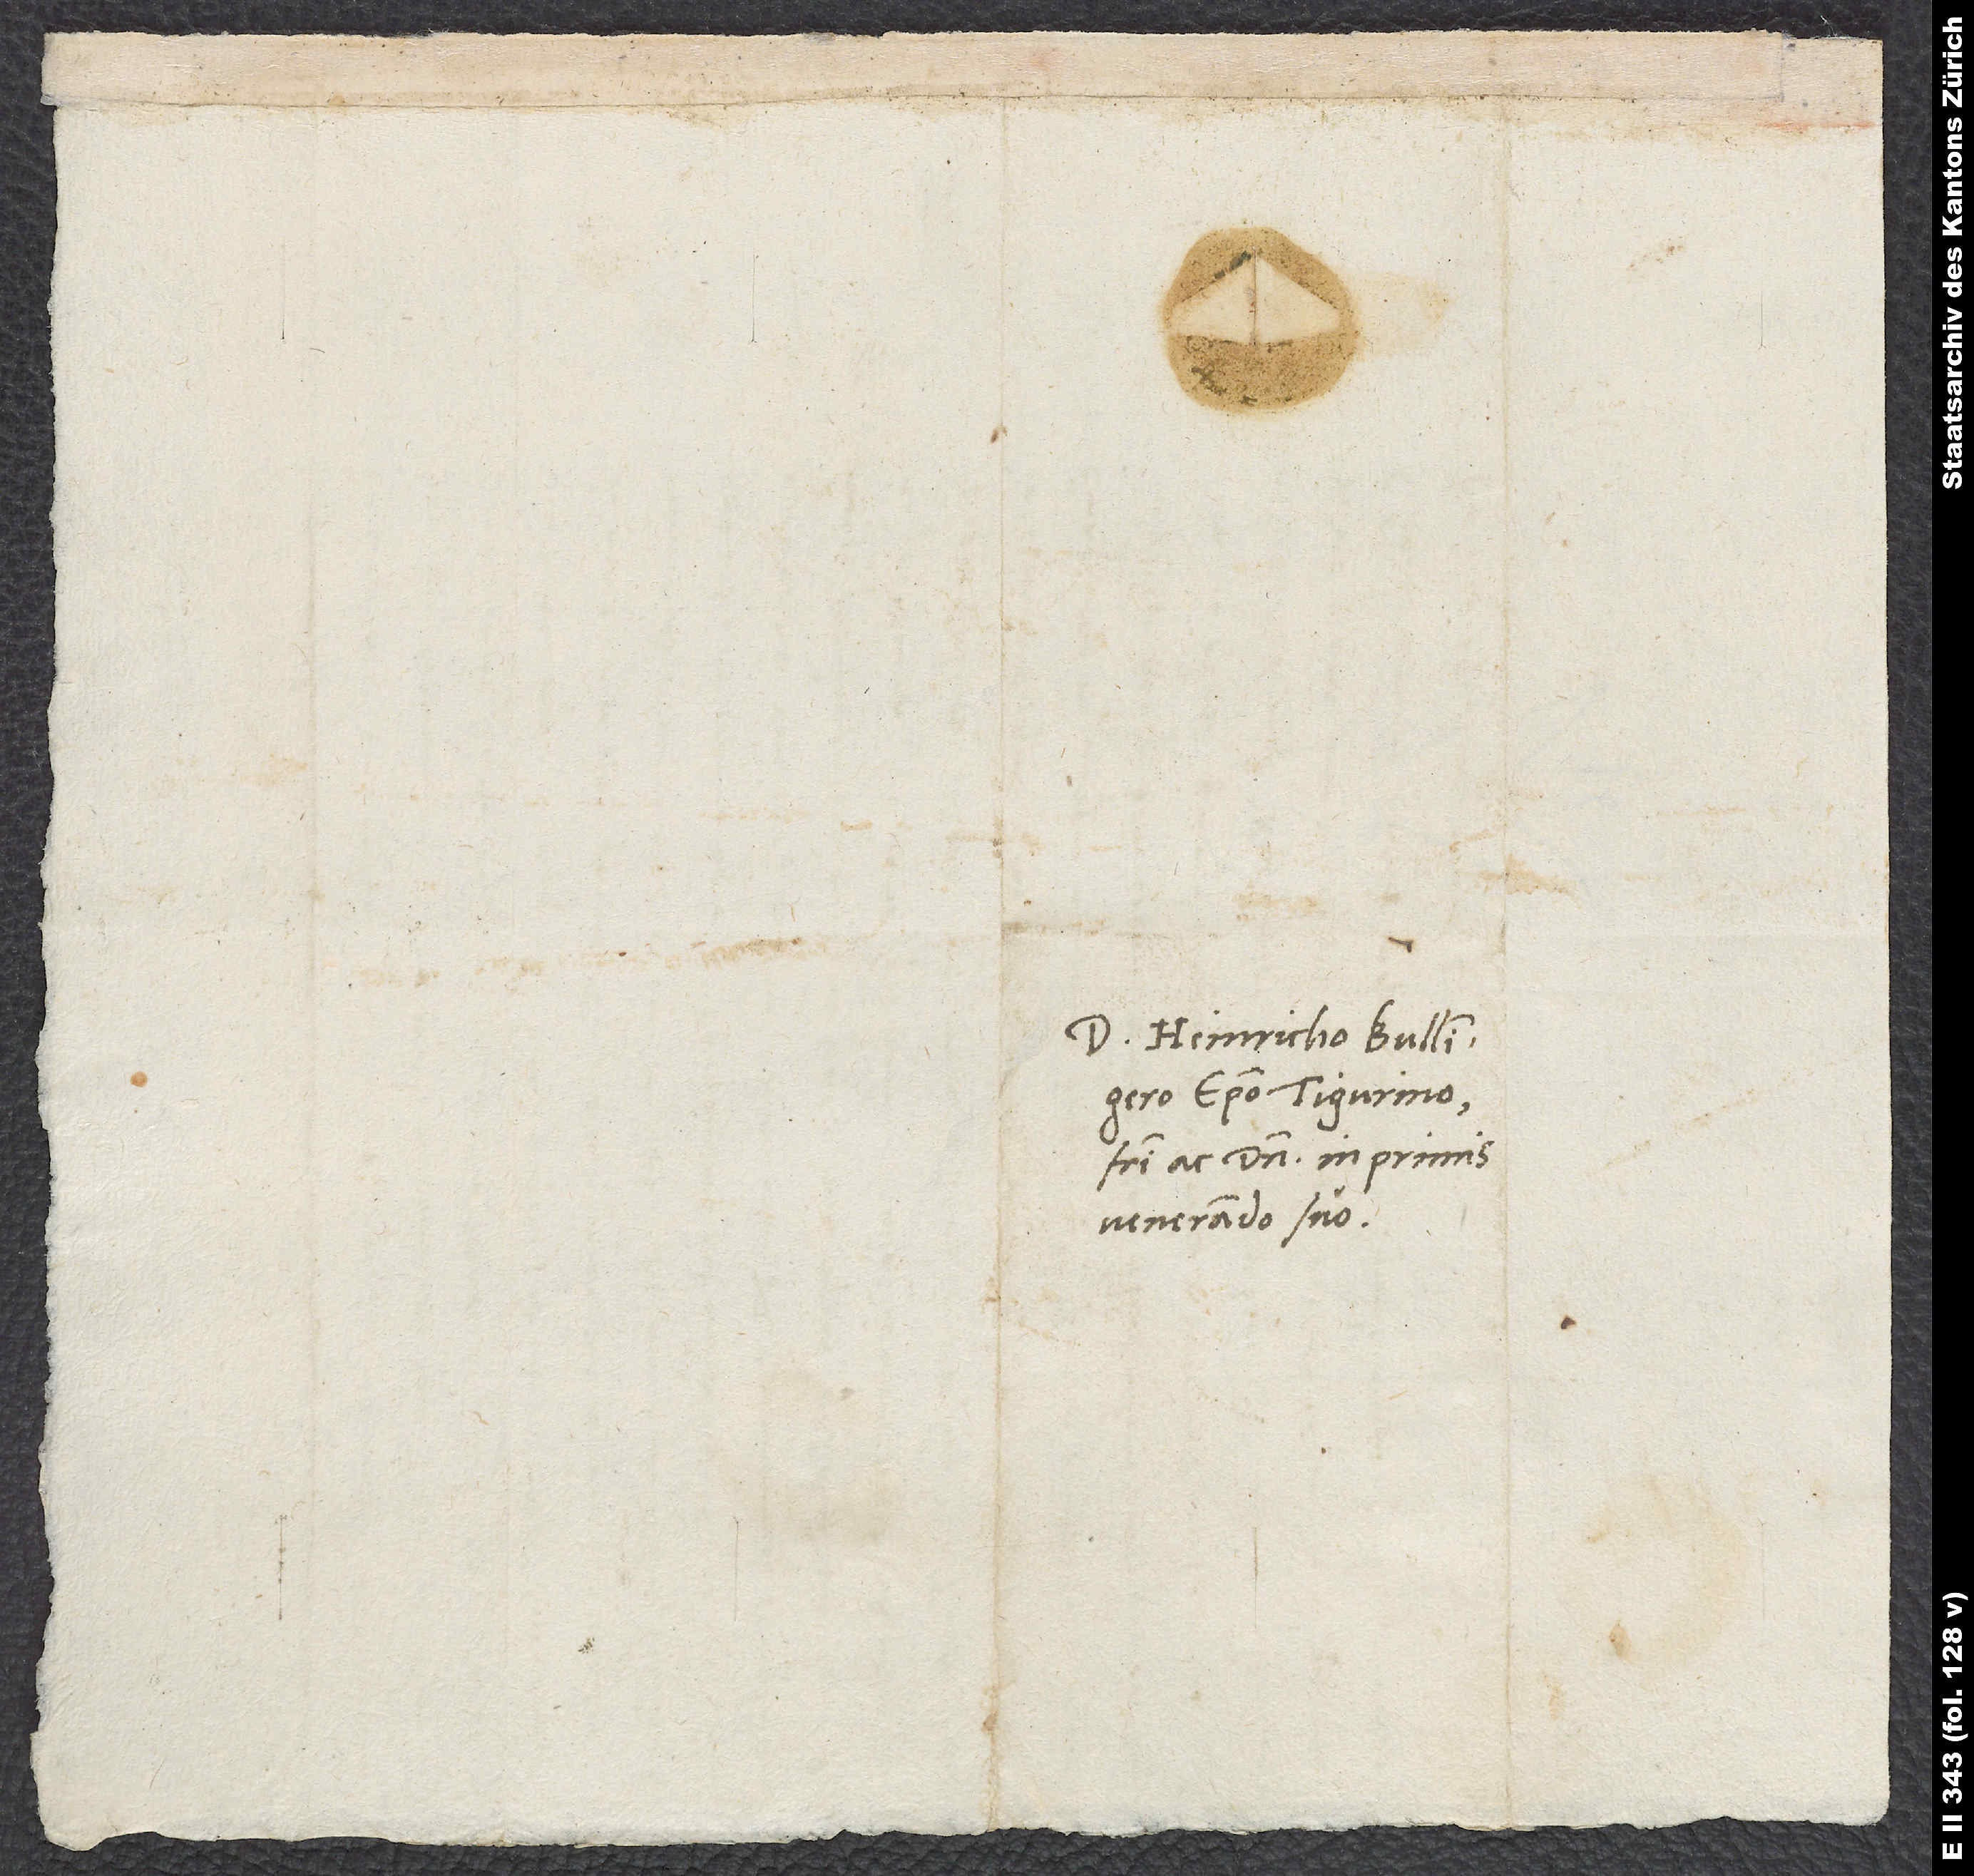
Domino Heinricho Bullingero,
episcopo Tigurino,
fratri ac domino in primis
venerando suo.